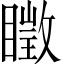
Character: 𥋔